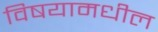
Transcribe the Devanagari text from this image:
विषयामधील